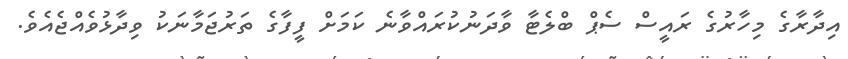
އިދާރާގެ މިހާރުގެ ރައީސް ސެޕް ބްލެޓާ ވާދަނުކުރައްވާނެ ކަމަށް ފީފާގެ ތަރުޖަމާނަކު ވިދާޅުވެއްޖެއެވެ.